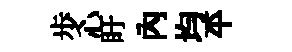
歩心盱內均平